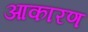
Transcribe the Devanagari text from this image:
आकारण